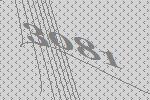
3081